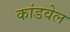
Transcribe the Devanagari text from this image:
कांडवेल